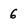
Character: 6